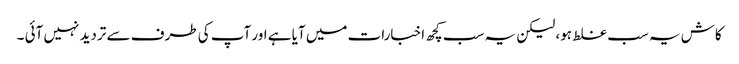
کاش یہ سب غلط ہو، لیکن یہ سب کچھ اخبارات میں آیا ہے اور آپ کی طرف سے تردید نہیں آئی ۔